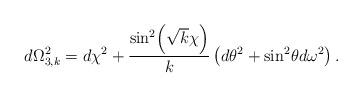
LaTeX: \begin{align*}d\Omega_{3,k}^2 = d\chi ^2 +\frac{\sin^2\! \left( \sqrt{k}\chi\right)}{k} \left( d\theta ^2 + \sin^2 \!\theta d\omega^2\right).\end{align*}